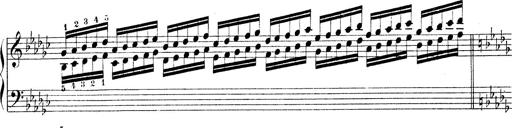
Title: Technische Studien
Composer: Franz Liszt